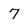
Character: 7